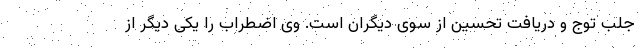
جلب توج و دریافت تحسین از سوی دیگران است. وی اضطراب را یکی دیگر از